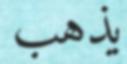
يذهب